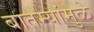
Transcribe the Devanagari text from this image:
बातम्यांमुळे